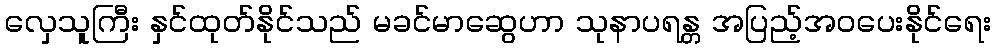
လှေသူကြီး နှင်ထုတ်နိုင်သည် မခင်မာဆွေဟာ သုနာပရန္တ အပြည့်အဝပေးနိုင်ရေး